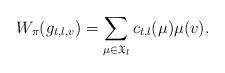
LaTeX: \begin{align*}W_{\pi}(g_{t,l,v}) = \sum_{\mu\in \mathfrak{X}_l}c_{t,l}(\mu)\mu(v). \end{align*}